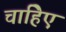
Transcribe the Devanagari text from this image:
चाहिेए